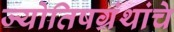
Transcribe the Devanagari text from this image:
ज्योतिषग्रंथांचे